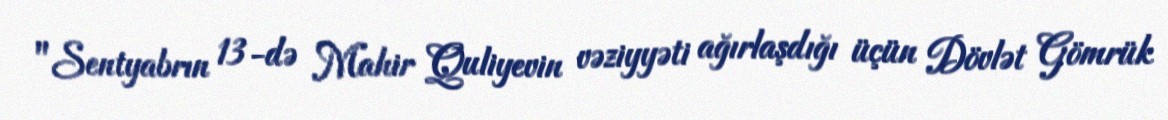
"Sentyabrın 13-də Mahir Quliyevin vəziyyəti ağırlaşdığı üçün Dövlət Gömrük